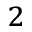
^ 2